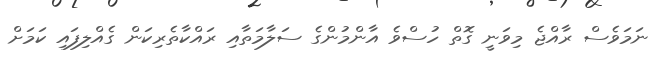
ނަމަވެސް ރާއްޖެ މިވަނީ ގޮތް ހުސްވެ އާންމުންގެ ސަލާމަތާއި ރައްކާތެރިކަން ގެއްލިފައި ކަމަށް